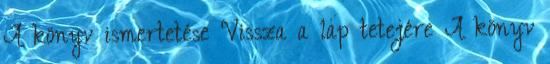
A könyv ismertetése Vissza a lap tetejére A könyv